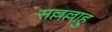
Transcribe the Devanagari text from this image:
सल्लल्लाहु